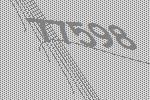
77598